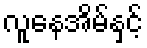
လူနေအိမ်နှင့်